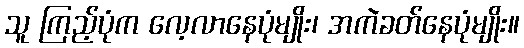
သူ ကြည့်ပုံက လေ့လာနေပုံမျိုး၊ အကဲခတ်နေပုံမျိုး။